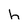
Character: h